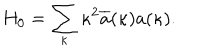
H _ { 0 } = \sum _ { \kappa } \kappa ^ { 2 } \overline { { { a } } } ( \kappa ) a ( \kappa ) .